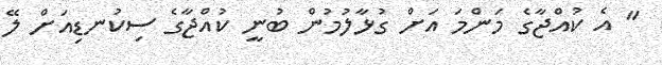
" އެ ކުއްޖާގެ މަންމަ އަށް ގުޅާލުމުން ބުނީ ކުއްޖާގެ ސިކުނޑިއަށް ލޭ